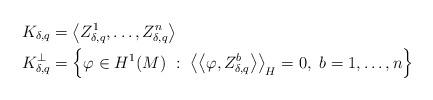
LaTeX: \begin{align*}K_{\delta,q} & =\left\langle Z_{\delta,q}^{1},\dots,Z_{\delta,q}^{n}\right\rangle \\K_{\delta,q}^{\bot} & =\left\{ \varphi\in H^{1}(M)\ :\ \left\langle \left\langle \varphi,Z_{\delta,q}^{b}\right\rangle \right\rangle _{H}=0,\ b=1,\dots,n\right\} \end{align*}